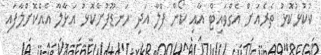
ކުކުޅުކޮޅު ތެރެއަށް އެގްވައިޓް އާއި ކޯން ފްލާ އަދި ހަނޑޫފުށްކޮޅު އަޅާލާ އެއްކޮށްލާފައި